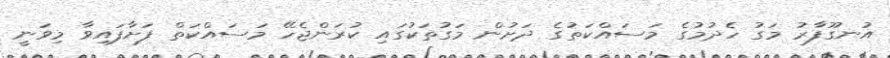
އުނގޫފާރު މަގު ހެދުމުގެ މަސައްކަތުގެ ދަށުން މަގުތަކުގައި ކުރަންޖެހޭ މަސައްކަތް ފަށާފައިވާ މިވަނީ